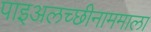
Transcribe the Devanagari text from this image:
पाइअलच्छीनाममाला